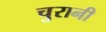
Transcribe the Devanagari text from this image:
चुरानी